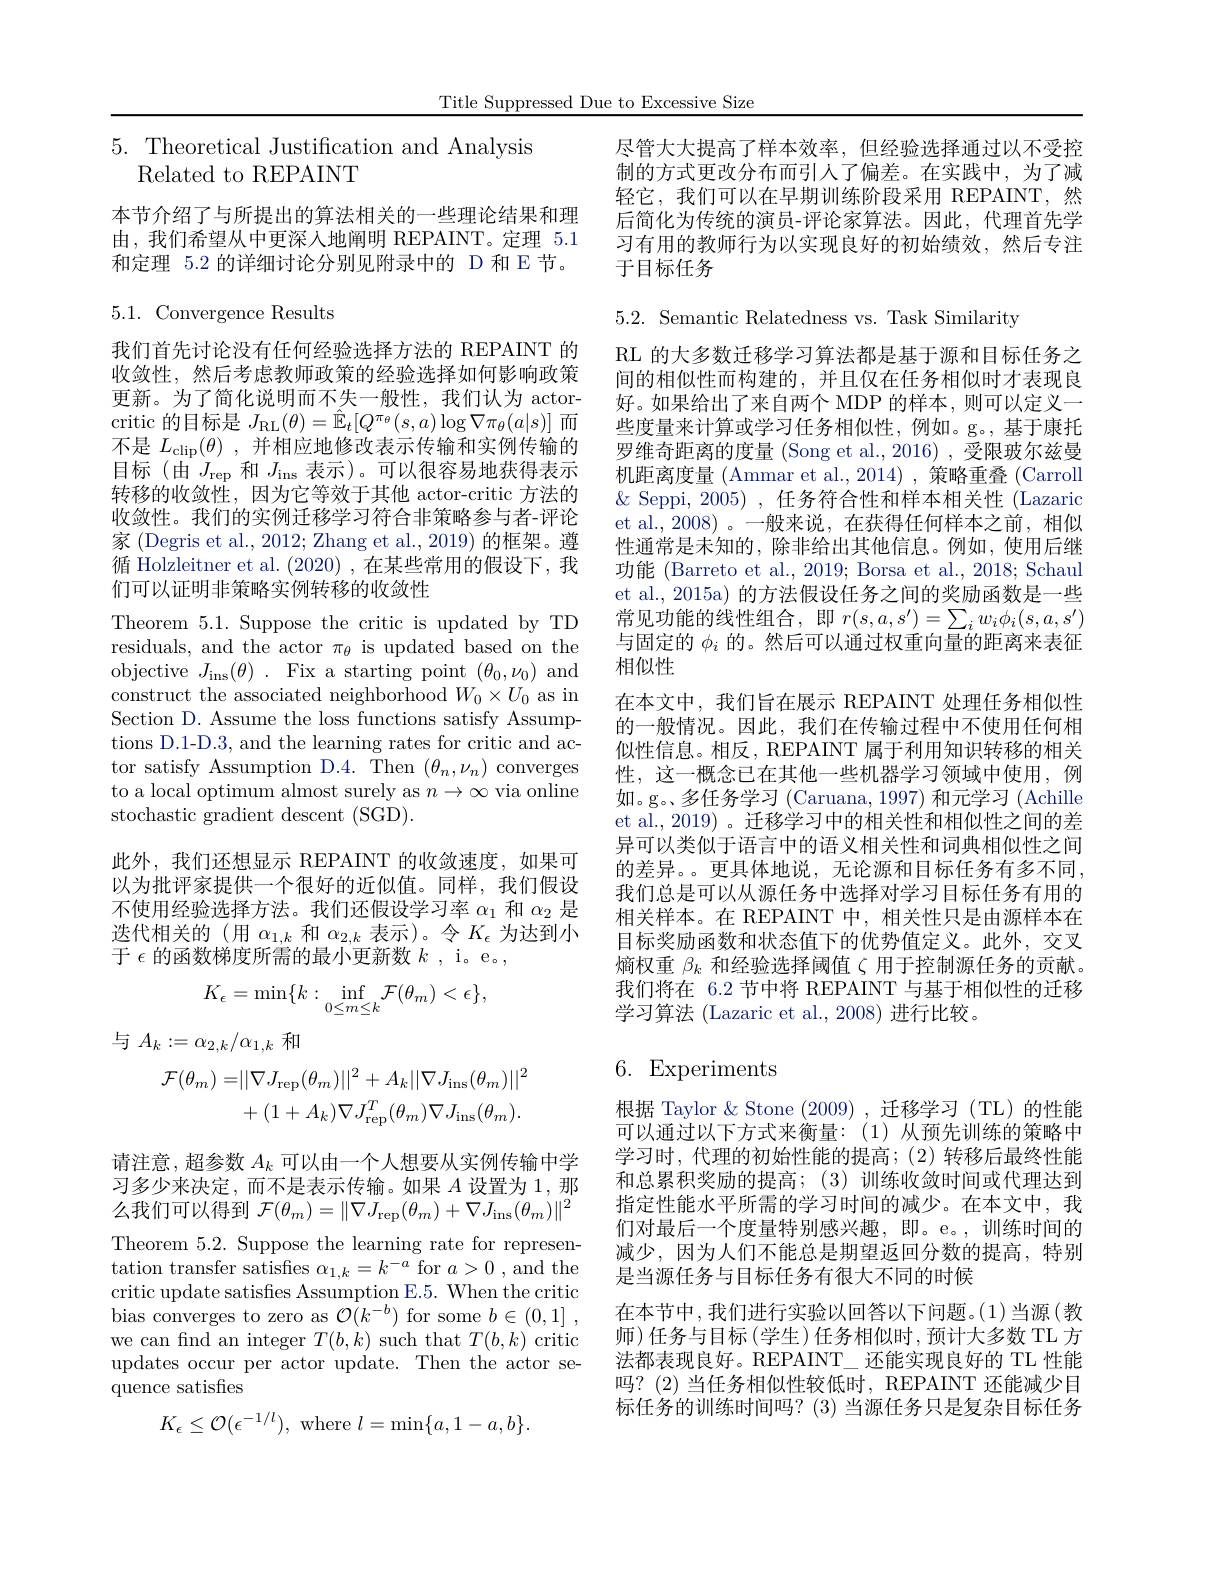
Title Suppressed Due to Excessive Size

尽管大大提高了样本效率，但经验选择通过以不受控制的方式更改分布而引人了偏差。在实践中，为了减轻它，我们可以在早期训练阶段采用 REPAINT,然后简化为传统的演员-评论家算法。因此，代理首先学习有用的教师行为以实现良好的初始绩效，然后专注于目标任务

$5.{\mathrm{~Theoretical~Justification~and~Analysis}}$
Related to REPAINT

本节介绍了与所提出的算法相关的一些理论结果和理由，我们希望从中更深人地阐明 REPAINT。定理 5.1和定理 5.2 的详细讨论分别见附录中的 D 和 E 节。

我们首先讨论没有任何经验选择方法的 REPAINT 的收敛性，然后考虑教师政策的经验选择如何影响政策更新。为了简化说明而不失一般性，我们认为 actorcritic 的目标是$J_{\mathrm{RL}}(\theta)=\hat{\mathbb{E}}_{t}[Q^{\pi_{\theta}}(s,a)\log\nabla\pi_{\theta}(a|s)]$而不是$L_\mathrm{clip}(\theta)$,并相应地修改表示传输和实例传输的目标(由$J_\mathrm{rep}$和$J_\mathrm{ins}$表示)。可以很容易地获得表示转移的收敛性，因为它等效于其他 actor-critic 方法的收敛性。我们的实例迁移学习符合非策略参与者-评论家 (Degris et al., 2012; Zhang et al., 2019) 的框架。遵循 Holzleitner et al. (2020) ,在某些常用的假设下，我

5.1. Convergence Results
们可以证明非策略实例转移的收敛性
Theorem 5.1. Suppose the critic is updated by TD residuals, and the actor $\pi_\theta$ is updated based on the objective $J_\mathrm{ins}( \theta )$ . Fix a starting point $(\theta_0,\nu_0)$ and construct the associated neighborhood $W_0\times U_0$ as in Section D. Assume the loss functions satisfy Assumptions D.1-D.3, and the learning rates for critic and actor satisfy Assumption D.4. Then $(\theta_n,\nu_n)$ converges to a local optimum almost surely as $n\to\infty$ via online stochastic gradient descent (SGD).
此外，我们还想显示 REPAINT 的收敛速度，如果可以为批评家提供一个很好的近似值。同样，我们假设不使用经验选择方法。我们还假设学习率$\alpha_1$和$\alpha_2$是选代相关的(用$\alpha_1,k$和$\alpha_{2,k}$表示)。令$K_\epsilon$为达到小于$\epsilon$的函数梯度所需的最小更新数$k$, i。e。,
$$K_\epsilon=\min\{k:\operatorname*{inf}_{0\leq m\leq k}\mathcal{F}(\theta_m)<\epsilon\},$$
与$A_k:=\alpha_{2,k}/\alpha_{1,k}$和
$$\begin{aligned}\mathcal{F}(\theta_{m})=&||\nabla J_{\mathrm{rep}}(\theta_{m})||^{2}+A_{k}||\nabla J_{\mathrm{ins}}(\theta_{m})||^{2}\\&+(1+A_{k})\nabla J_{\mathrm{rep}}^{T}(\theta_{m})\nabla J_{\mathrm{ins}}(\theta_{m}).\end{aligned}$$
请注意，超参数$A_k$可以由一个人想要从实例传输中学习多少来决定，而不是表示传输。如果$A$设置为1，那么我们可以得到$\mathcal{F} ( \theta _m) = \| \nabla J_{\mathrm{rep}}( \theta _m) + \nabla J_{\mathrm{ins}}( \theta _m) \| ^2$ Theorem 5.2. Suppose the learning rate for representation transfer satisfes $\alpha_{1,k}=k^{-a}$ for $a>0$ , and the critic update satisfies Assumption E.5. When the critic bias converges to zero as $\mathcal{O}(k^{-b})$ for some $b\in ( 0, 1]$ , we can fnd an integer $T(b,k)$ such that $T(b,k)$ critic updates occur per actor update. Then the actor sequence satisfies
$$K_\epsilon\leq\mathcal{O}(\epsilon^{-1/l}),\:\text{where}\:l=\min\{a,1-a,b\}.$$
5.2. Semantic Relatedness vs. Task Similarity
RL 的大多数迁移学习算法都是基于源和目标任务之间的相似性而构建的，并且仅在任务相似时才表现良好。如果给出了来自两个 MDP 的样本，则可以定义一些度量来计算或学习任务相似性，例如。g。,基于康托罗维奇距离的度量 (Song et al.,2016) , 受限玻尔兹曼机距离度量 (Ammar et al.,2014) , 策略重叠 (Carroll $\&$ Seppi, 2005) , 任务符合性和样本相关性 (Lazaric et al., 2008)。一般来说，在获得任何样本之前，相似性通常是未知的，除非给出其他信息。例如，使用后继功能 (Barreto et al., 2019; Borsa et al., 2018; Schaul et al., 2015a) 的方法假设任务之间的奖励函数是一些常见功能的线性组合，即$r(s,a,s^{\prime})=\sum_iw_i\phi_i(s,a,s^{\prime})$ 与固定的$\phi_i$的。然后可以通过权重向量的距离来表征相似性
在本文中，我们旨在展示 REPAINT 处理任务相似性的一般情况。因此，我们在传输过程中不使用任何相似性信息。相反，REPAINT 属于利用知识转移的相关性，这一概念已在其他一些机器学习领域中使用，例如。g。多任务学习 (Caruana, 1997) 和元学习 (Achille et al., 2019) 。迁移学习中的相关性和相似性之间的差异可以类似于语言中的语义相关性和词典相似性之间的差异。。更具体地说，无论源和目标任务有多不同， 我们总是可以从源任务中选择对学习目标任务有用的相关样本。在 REPAINT 中，相关性只是由源样本在目标奖励函数和状态值下的优势值定义。此外，交叉熵权重$\beta_k$和经验选择阈值$\zeta$用于控制源任务的贡献。我们将在 6.2 节中将 REPAINT 与基于相似性的迁移学习算法 (Lazaric et al., 2008) 进行比较。

# 6. Experiments

根据 Taylor & Stone (2009) ,迁移学习 (TL)的性能可以通过以下方式来衡量：(1)从预先训练的策略中学习时，代理的初始性能的提高；(2)转移后最终性能和总累积奖励的提高；(3)训练收敛时间或代理达到指定性能水平所需的学习时间的减少。在本文中，我们对最后一个度量特别感兴趣，即。e。,训练时间的减少，因为人们不能总是期望返回分数的提高，特别是当源任务与目标任务有很大不同的时候
在本节中，我们进行实验以回答以下问题。(1)当源(教师)任务与目标(学生)任务相似时，预计大多数 TL 方法都表现良好。REPAINT\_还能实现良好的 TL 性能吗？(2)当任务相似性较低时，REPAINT 还能减少目标任务的训练时间吗？(3)当源任务只是复杂目标任务